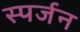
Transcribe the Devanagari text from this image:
स्पर्जन